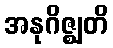
အနုဂိဇ္ဈတိ